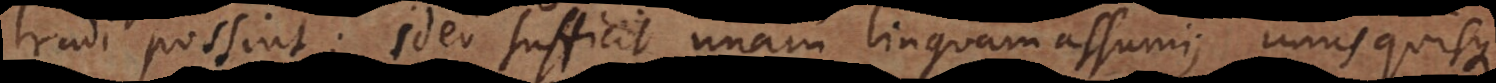
tradi possint; ideo sufficit unam linguam assumi; unusquisque